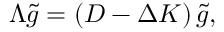
\Lambda \tilde { g } = \left( { \cal D } - \Delta { \cal K } \right) \tilde { g } ,